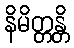
နိမိတ္တန္တိ